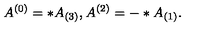
A ^ { ( 0 ) } = * A _ { ( 3 ) } , A ^ { ( 2 ) } = - * A _ { ( 1 ) } .